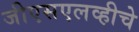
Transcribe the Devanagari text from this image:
जीएसएलव्हीचे